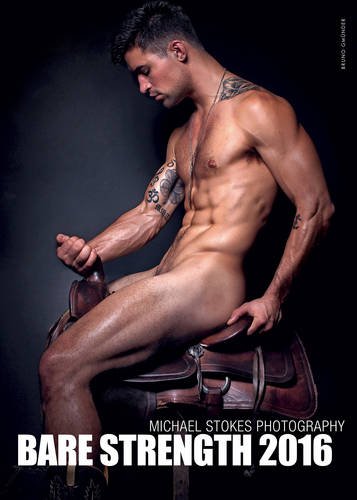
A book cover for Bare Strength Calendar (2016); Calendars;